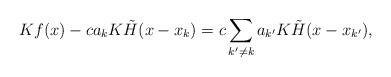
LaTeX: \begin{align*}Kf(x) - ca_k K\tilde{H}(x-x_k) = c\sum_{k' \neq k} a_{k'} K\tilde{H}(x-x_{k'}),\end{align*}